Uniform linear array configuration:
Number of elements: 12
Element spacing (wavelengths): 1
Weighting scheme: cosine
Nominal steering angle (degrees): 15
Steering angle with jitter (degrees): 15.119
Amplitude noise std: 0.05
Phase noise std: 0.05

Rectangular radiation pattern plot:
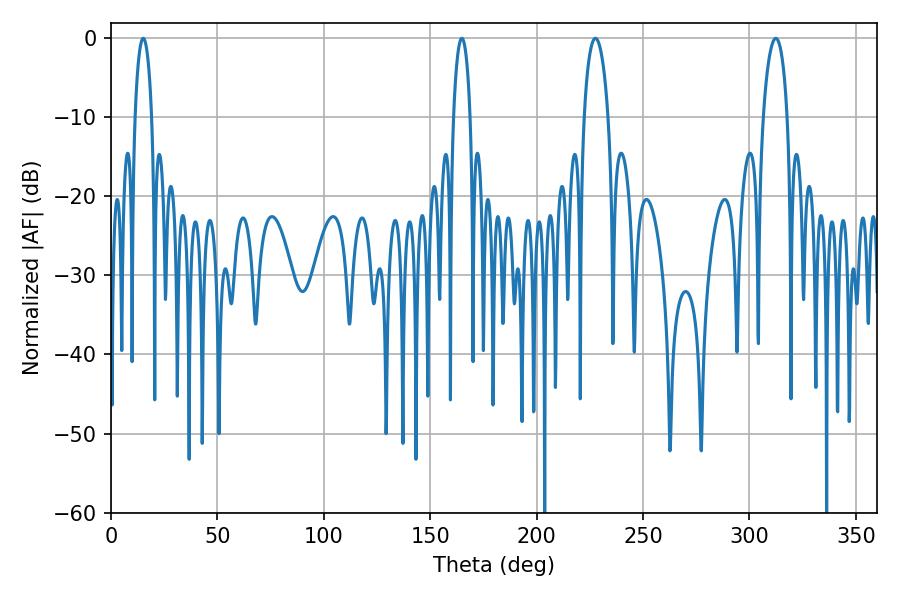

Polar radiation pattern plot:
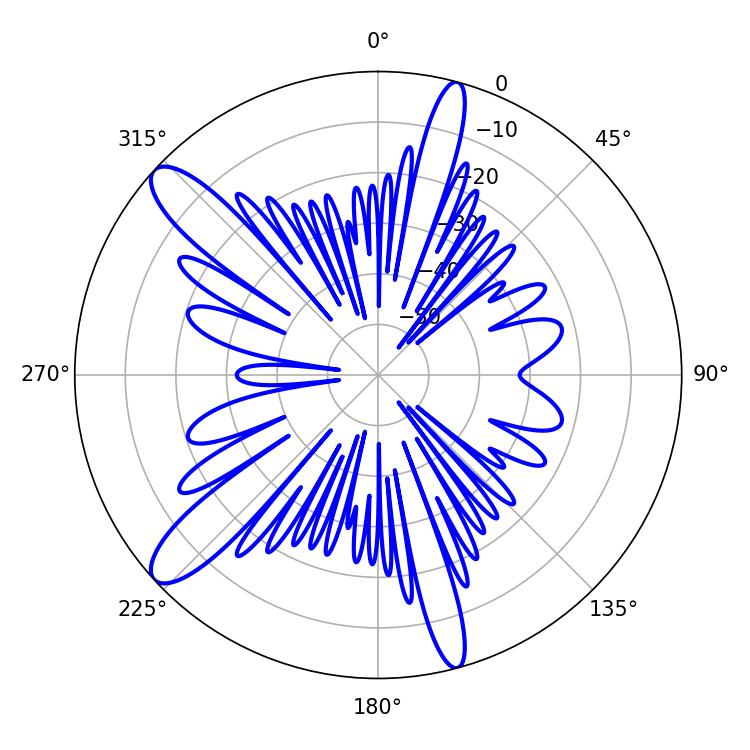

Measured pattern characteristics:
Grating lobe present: TRUE
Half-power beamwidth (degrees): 4.5
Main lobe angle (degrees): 15.12